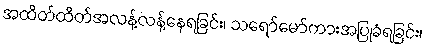
အထိတ်ထိတ်အလန့်လန့်နေရခြင်း၊ သရော်မော်ကားအပြုခံရခြင်း၊